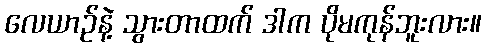
လေယာဉ်နဲ့ သွားတာထက် ဒါက ပိုမကုန်ဘူးလား။